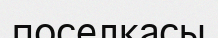
поселкасы